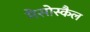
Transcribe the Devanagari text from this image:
मेसोस्कैल